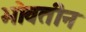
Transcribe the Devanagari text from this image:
भोवतीन